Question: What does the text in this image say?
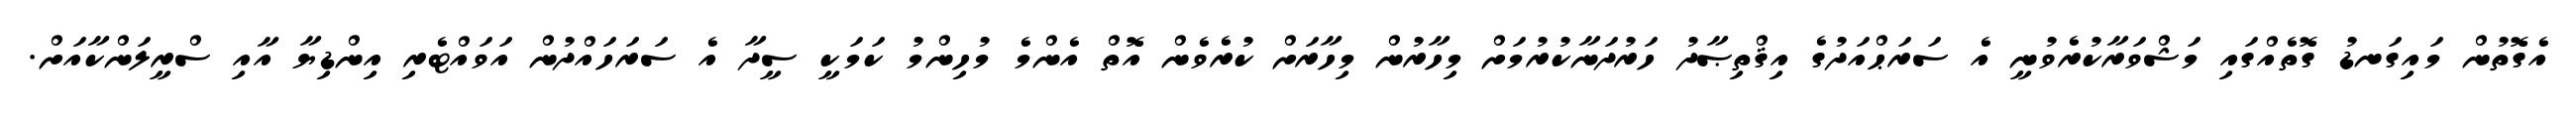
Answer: އެގޮތުން މައިގަނޑު ގޮތެއްގައި މަޝްވަރާކުރެވުނީ އެ ސަރަޙްއަދުގެ އިޤްތިޞާދު ހަރުދަނާކުރުމަށް މިހާރުން މިހާރަށް ކުރެވެން އޮތް އެންމެ މުހިންމު ކަމަކީ ސީދާ އެ ސަރަހައްދުން އަވައްޓެރި އިންޑިޔާ އާއި ސްރީލަންކާއަށް.